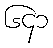
၆၄၁